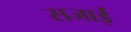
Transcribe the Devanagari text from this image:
सजाईं